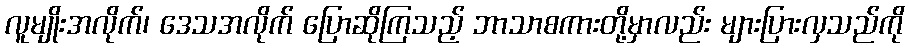
လူမျိုးအလိုက်၊ ဒေသအလိုက် ပြောဆိုကြသည့် ဘာသာစကားတို့မှာလည်း များပြားလှသည်ကို